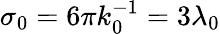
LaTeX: \sigma_{0}=6\pi k_{0}^{-1}=3\lambda_{0}